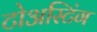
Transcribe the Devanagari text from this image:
टोअस्टिंग